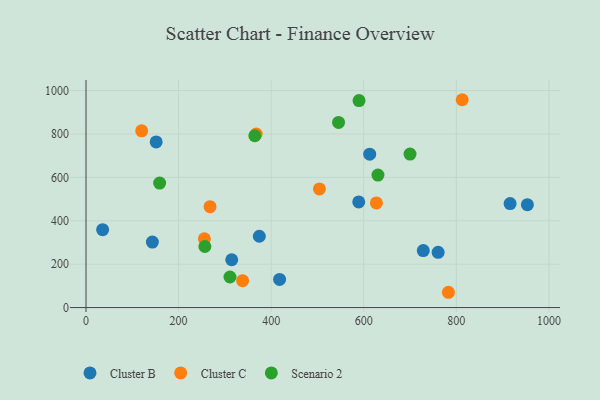
{"axis": {"x": "Investment", "y": "Exam Score"}, "legend": ["Cluster B", "Cluster C", "Scenario 2"], "data": [{"x": "143.4", "y": 301.9, "type": "Cluster B"}, {"x": "35.9", "y": 358.8, "type": "Cluster B"}, {"x": "612.9", "y": 707.0, "type": "Cluster B"}, {"x": "151.6", "y": 763.5, "type": "Cluster B"}, {"x": "760.7", "y": 254.4, "type": "Cluster B"}, {"x": "314.8", "y": 220.3, "type": "Cluster B"}, {"x": "589.2", "y": 486.7, "type": "Cluster B"}, {"x": "374.4", "y": 328.6, "type": "Cluster B"}, {"x": "953.5", "y": 474.4, "type": "Cluster B"}, {"x": "728.6", "y": 262.7, "type": "Cluster B"}, {"x": "418.2", "y": 129.7, "type": "Cluster B"}, {"x": "916.2", "y": 479.2, "type": "Cluster B"}, {"x": "268.0", "y": 465.1, "type": "Cluster C"}, {"x": "338.3", "y": 124.1, "type": "Cluster C"}, {"x": "783.0", "y": 70.5, "type": "Cluster C"}, {"x": "255.7", "y": 316.7, "type": "Cluster C"}, {"x": "504.3", "y": 546.8, "type": "Cluster C"}, {"x": "367.7", "y": 799.7, "type": "Cluster C"}, {"x": "812.7", "y": 957.8, "type": "Cluster C"}, {"x": "627.3", "y": 482.2, "type": "Cluster C"}, {"x": "120.3", "y": 814.6, "type": "Cluster C"}, {"x": "700.0", "y": 707.3, "type": "Scenario 2"}, {"x": "256.8", "y": 281.4, "type": "Scenario 2"}, {"x": "159.1", "y": 573.7, "type": "Scenario 2"}, {"x": "545.6", "y": 853.2, "type": "Scenario 2"}, {"x": "589.8", "y": 954.1, "type": "Scenario 2"}, {"x": "364.7", "y": 791.9, "type": "Scenario 2"}, {"x": "311.0", "y": 140.9, "type": "Scenario 2"}, {"x": "630.7", "y": 610.8, "type": "Scenario 2"}]}